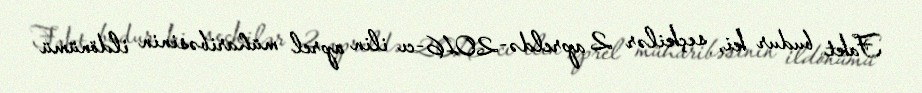
Fakt budur ki, seçkilər 2 apreldə-2016-cı ilin aprel müharibəsinin ildönümü